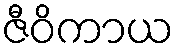
ဇီဝိကာယ